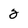
Character: 2